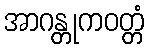
အာဂန္တုကဝတ္တံ